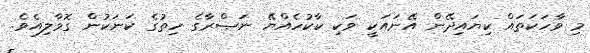
މި ވާހަކަތައް ކިޔައިދޭން އޭނައަކީ ވަކި ކާކުހެއްޔޭ ނަޞްރާގެ ހިތުގެ ކަނަކުން ގޮވާލިއެވެ.